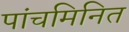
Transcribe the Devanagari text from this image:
पांचमिनित